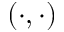
( \cdot , \cdot )